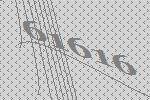
61616